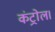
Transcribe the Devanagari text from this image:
कंट्रोल।